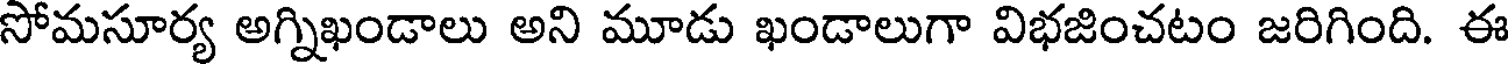
సోమసూర్య అగ్నిఖండాలు అని మూడు ఖండాలుగా విభజించటం జరిగింది. ఈ